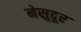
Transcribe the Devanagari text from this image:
नेसुदूर